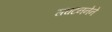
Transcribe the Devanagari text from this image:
संघटननेने